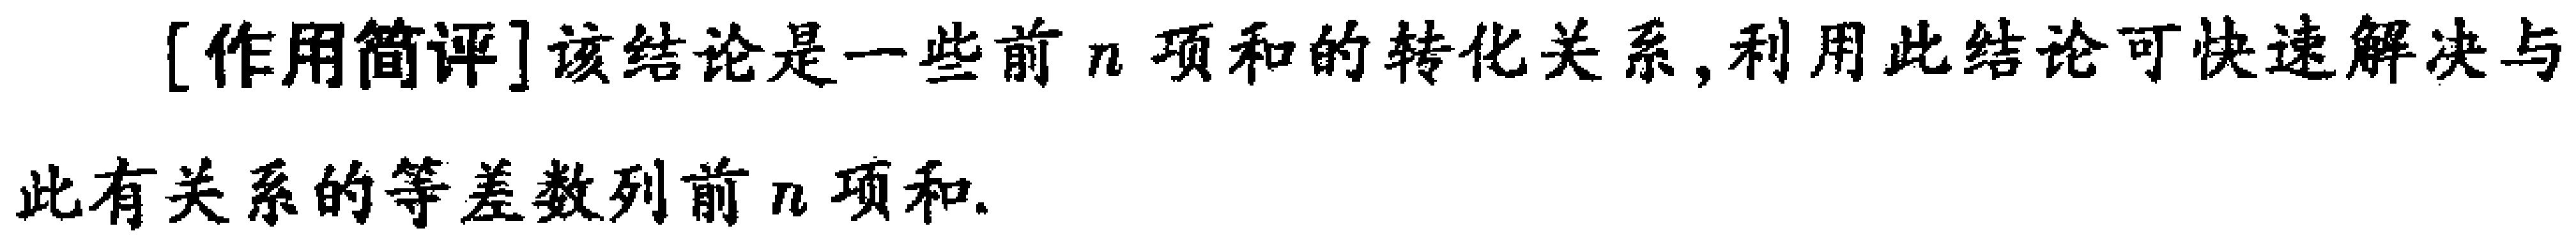
[作用简评]该结论是一些前 \(n\) 项和的转化关系, 利用此结论可快速解决与此有关系的等差数列前 \(n\) 项和.